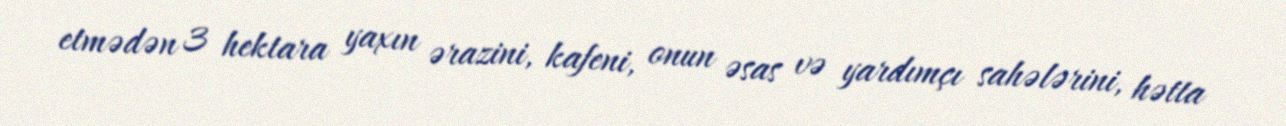
etmədən 3 hektara yaxın ərazini, kafeni, onun əsas və yardımçı sahələrini, hətta